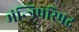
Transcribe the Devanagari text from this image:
मंन्त्रिपरिषद